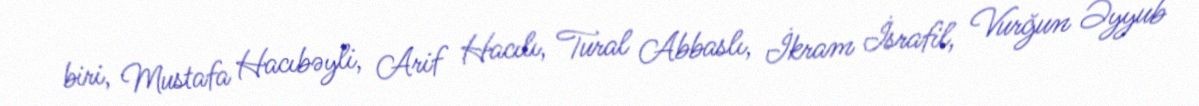
biri, Mustafa Hacıbəyli, Arif Hacılı, Tural Abbaslı, İkram İsrafil, Vurğun Əyyub